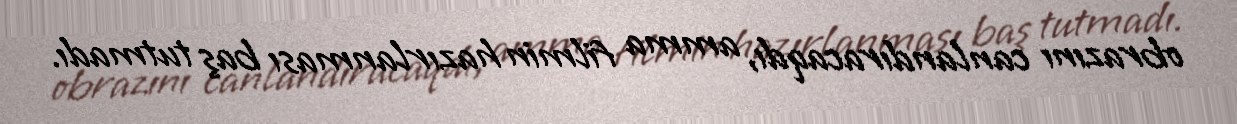
obrazını canlandıracaqdı, amma filmin hazırlanması baş tutmadı.